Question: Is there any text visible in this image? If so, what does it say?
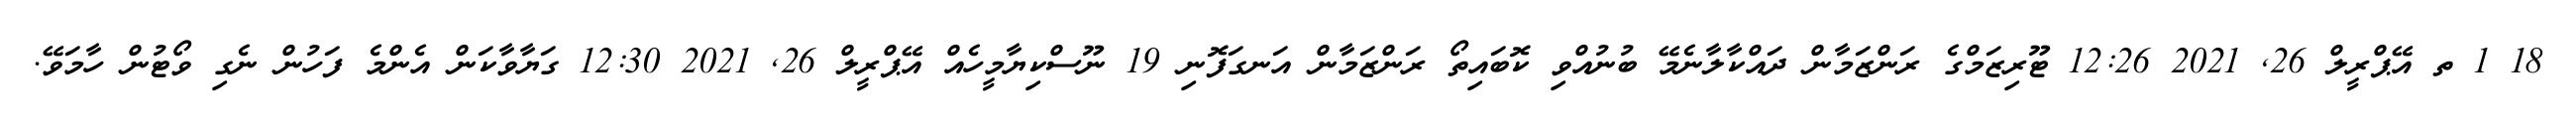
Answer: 18 1 ތ އޭޕްރީލް 26, 2021 12:26 ޓޫރިޒަމްގެ ރަންޒަމާން ދައްކާލާނެމޭ ބުނުއްވި ކޮބައިތޯ ރަންޒަމާން އަނގަފޮނި 19 ނޫސްކިޔާމީހެއް އޭޕްރީލް 26, 2021 12:30 ގަޔާވާކަން އެންމެ ފަހުން ނެގި ވޯޓުން ހާމަވޭ.